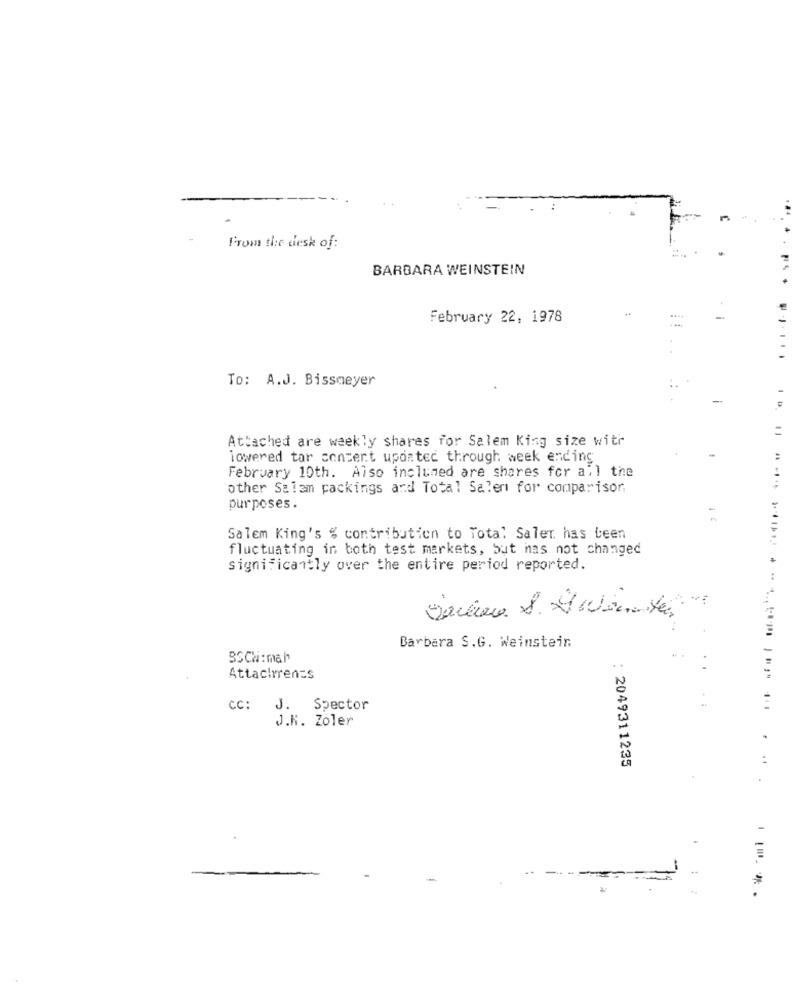
-
From the desk of:
BARBARA WEINSTEIN
February 22, 1978
To: A.J. Bissmeyer
11
Attached are weekly shares for Salem King size with
lowered tar content upontec through week ending
February 10th. Also incluned are shares for all the
other Salam packings and Total Salen for comparison
purposes.
Salem King's % contribution to Total Saler. has been
fluctuating in both test markets, but nas not changed
significantly over the entire period reported.
Barbara S.G. Weinstein
BSChi:mah
Attachment$
CC:
J. Spector
J.K. Zoler
: 2049311235
...